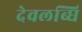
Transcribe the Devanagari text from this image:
देवलब्धि